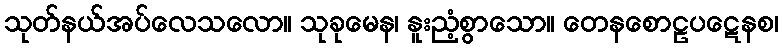
သုတ်နယ်အပ်လေသလော။ သုခုမေန၊ နူးညံ့စွာသော။ တေနစောဠပဋေနစ၊